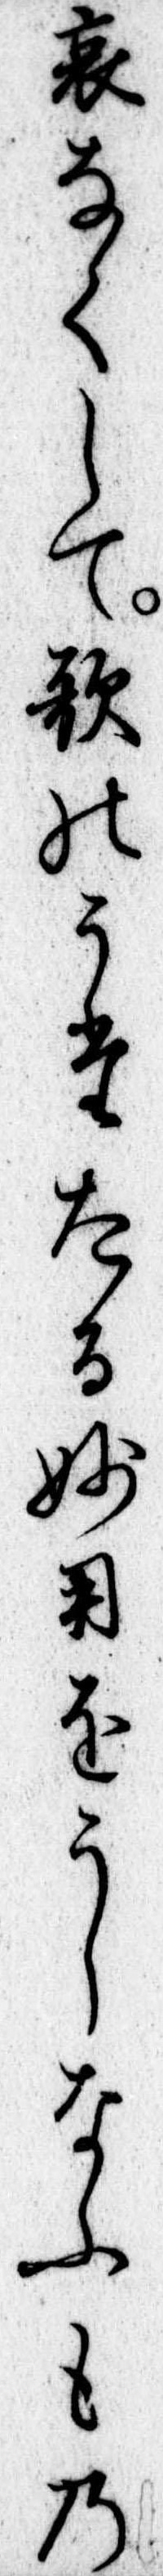
哀なくして歌のうたたる妙用をうしなふもの